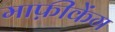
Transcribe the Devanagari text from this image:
माफ़ीकेंग